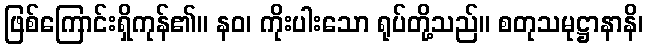
ဖြစ်ကြောင်းရှိကုန်၏။ နဝ၊ ကိုးပါးသော ရုပ်တို့သည်။ စတုသမုဋ္ဌာနာနိ၊